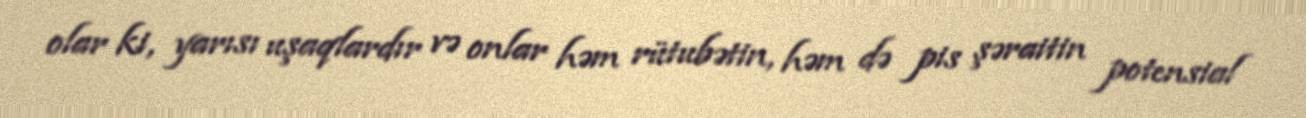
olar ki, yarısı uşaqlardır və onlar həm rütubətin, həm də pis şəraitin potensial